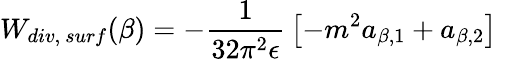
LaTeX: W_{div,~surf}(\beta)=-{\frac{1}{32\pi^{2}\epsilon}}\left[-m^{2}a_{\beta,1}+a_{\beta,2}\right]~~~